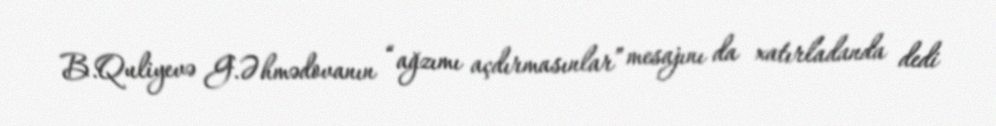
B.Quliyevə G.Əhmədovanın “ağzımı açdırmasınlar” mesajını da xatırladanda dedi